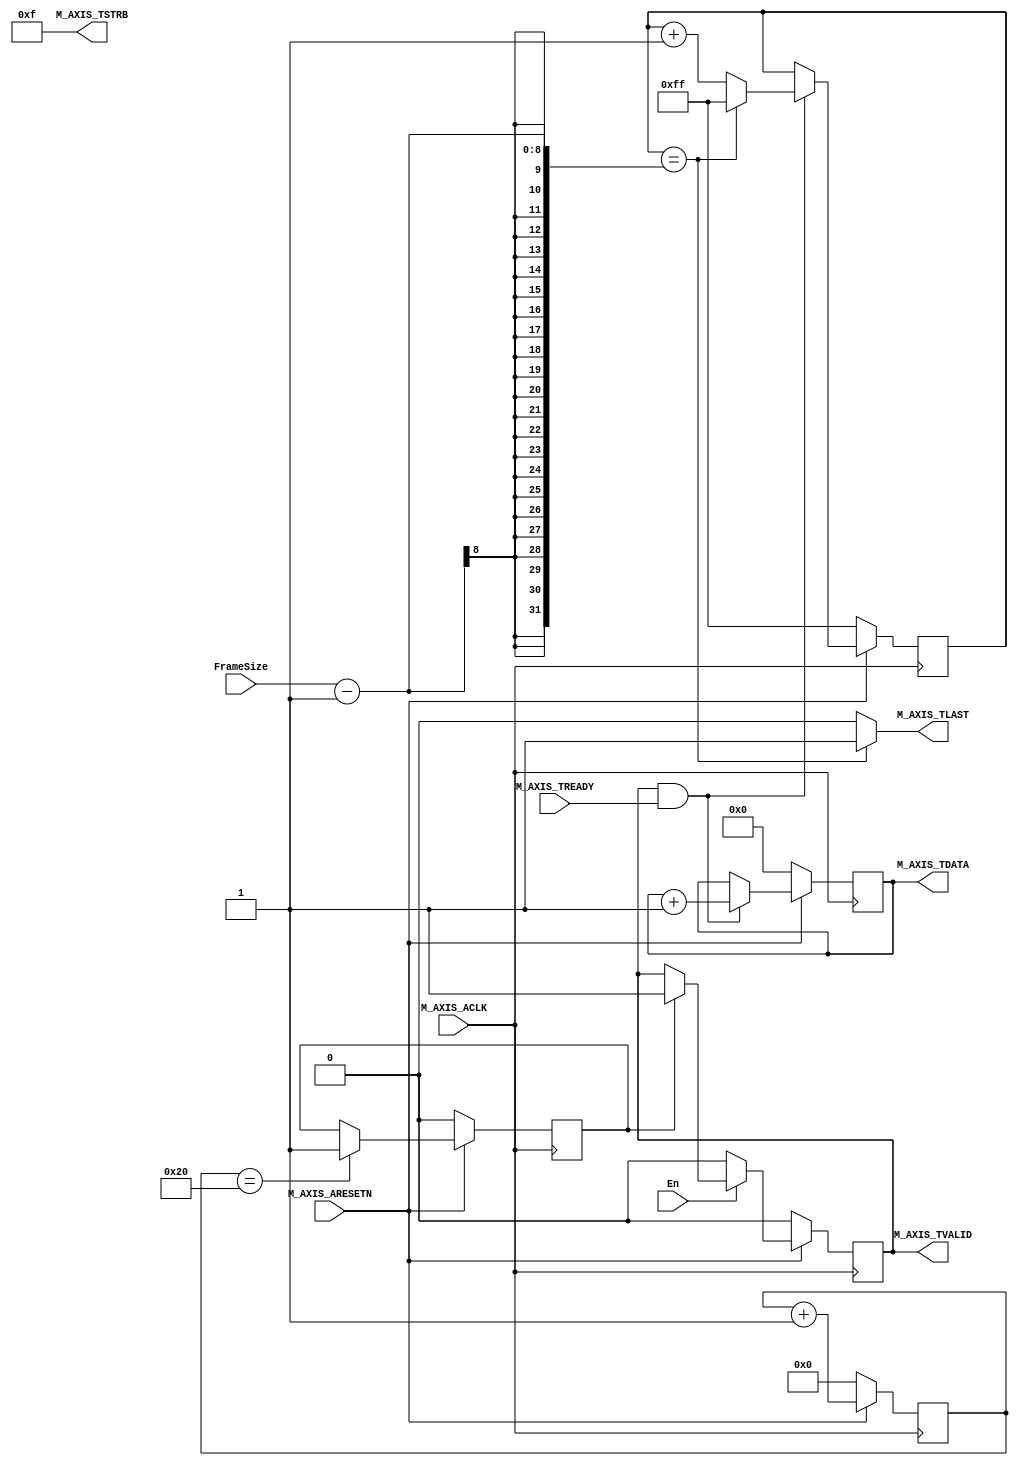
module sample_generator_v1_0_M_AXIS #
	(
		// Users to add parameters here

		// User parameters ends
		// Do not modify the parameters beyond this line

		// Width of S_AXIS address bus. The slave accepts the read and write addresses of width C_M_AXIS_TDATA_WIDTH.
		parameter integer C_M_AXIS_TDATA_WIDTH	= 32,
		// Start count is the numeber of clock cycles the master will wait before initiating/issuing any transaction.
		parameter integer C_M_START_COUNT	= 32
	)
	(
		// Users to add ports here
		input wire [7:0] FrameSize,
		input wire 	 En,
		// User ports ends
		// Do not modify the ports beyond this line

		// Global ports
		input wire  M_AXIS_ACLK,
		// 
		input wire  M_AXIS_ARESETN,
		// Master Stream Ports. TVALID indicates that the master is driving a valid transfer, A transfer takes place when both TVALID and TREADY are asserted. 
		output wire  M_AXIS_TVALID,
		// TDATA is the primary payload that is used to provide the data that is passing across the interface from the master.
		output wire [C_M_AXIS_TDATA_WIDTH-1 : 0] M_AXIS_TDATA,
		// TSTRB is the byte qualifier that indicates whether the content of the associated byte of TDATA is processed as a data byte or a position byte.
		output wire [(C_M_AXIS_TDATA_WIDTH/8)-1 : 0] M_AXIS_TSTRB,
		// TLAST indicates the boundary of a packet.
		output wire  M_AXIS_TLAST,
		// TREADY indicates that the slave can accept a transfer in the current cycle.
		input wire  M_AXIS_TREADY
	);
	
	// sample generator -counter
	reg [C_M_AXIS_TDATA_WIDTH-1 : 0] counterR;
	
	
	assign M_AXIS_TDATA = counterR;
	assign M_AXIS_TSTRB = {(C_M_AXIS_TDATA_WIDTH/8){1'b1}};
	// counter R circuit
	always @(posedge M_AXIS_ACLK)
		if(!M_AXIS_ARESETN) begin	
		      counterR<=0;
		end
		else begin
			if( M_AXIS_TVALID && M_AXIS_TREADY)
			      counterR<= counterR+1;
		end

	// wait for counter number of clock cycle after reset
	  
	reg		sampleGeneratorEnR;
	reg	[7:0]	afterResetCycleCounterR;
	
	always @(posedge M_AXIS_ACLK)
		if(!M_AXIS_ARESETN) begin
			sampleGeneratorEnR<= 0;
			afterResetCycleCounterR<=0;
		end
		else begin
		      afterResetCycleCounterR <= afterResetCycleCounterR + 1;
		      if(afterResetCycleCounterR == C_M_START_COUNT)
			    sampleGeneratorEnR <= 1;
		end
		
		
	// M_AXIS_TVALID circuit
	reg 		tValidR;
	
	assign M_AXIS_TVALID = tValidR;
	
	always @(posedge M_AXIS_ACLK)
	    if(!M_AXIS_ARESETN) begin
		tValidR<= 0;
	    end
	    else begin
		    if(!En)
			tValidR<=0;
		    else if (sampleGeneratorEnR)
			tValidR <= 1;
	    end
	    
		
		
	//  M_AXIS_TLAST ckt
	
	reg 		[7:0] packetCounter;
	
	always @(posedge M_AXIS_ACLK)
		if(!M_AXIS_ARESETN) begin
		    packetCounter <= 8'hff ;
		end
		else begin
		      if(M_AXIS_TVALID && M_AXIS_TREADY ) begin
			      if(packetCounter== (FrameSize - 1 ))
					packetCounter <= 8'hff;
			      else
					packetCounter <= packetCounter + 1;
			     // end
		      end
		 end
		 
	assign M_AXIS_TLAST = (packetCounter == (FrameSize -1 )) ?1:0;
	
	
	//end of custom module now!
	
	
		
	endmodule